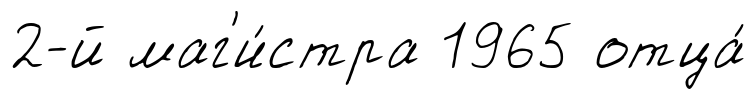
2-й маг'и́стра 1965 отца́